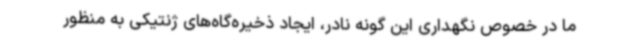
ما در خصوص نگهداری این گونه نادر، ایجاد ذخیره‌گاه‌های ژنتیکی به منظور